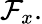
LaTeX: {\mathcal{F}}_{x}.